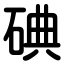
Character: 碘